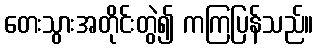
တေးသွားအတိုင်းတွဲ၍ ကကြပြန်သည်။